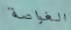
الغواصة